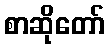
စာဆိုတော်